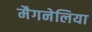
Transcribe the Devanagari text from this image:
मैगनेलिया